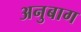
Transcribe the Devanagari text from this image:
अनुबाग